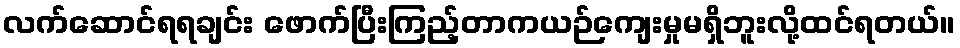
လက်ဆောင်ရရချင်း ဖောက်ပြီးကြည့်တာကယဉ်ကျေးမှုမရှိဘူးလို့ထင်ရတယ်။